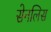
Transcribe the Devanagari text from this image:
सेनलिस